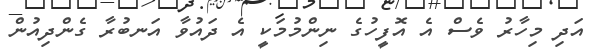
އަދި މިހާރު ވެސް އެ އޮފީހުގެ ނިންމުމަކީ އެ ދައުވާ އަނބުރާ ގެންދިއުން